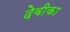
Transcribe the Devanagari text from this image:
देवीका